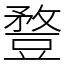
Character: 䜼